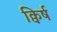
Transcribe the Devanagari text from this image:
क्विर्ष